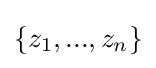
\{z_{1},...,z_{n}\}